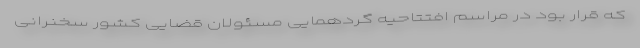
که قرار بود در مراسم افتتاحیه گردهمایی مسئولان قضایی کشور سخنرانی